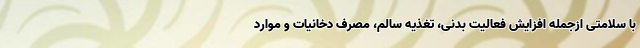
با سلامتی ازجمله افزایش فعالیت بدنی، تغذیه سالم، مصرف دخانیات و موارد